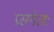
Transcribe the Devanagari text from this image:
प्रसंगतः